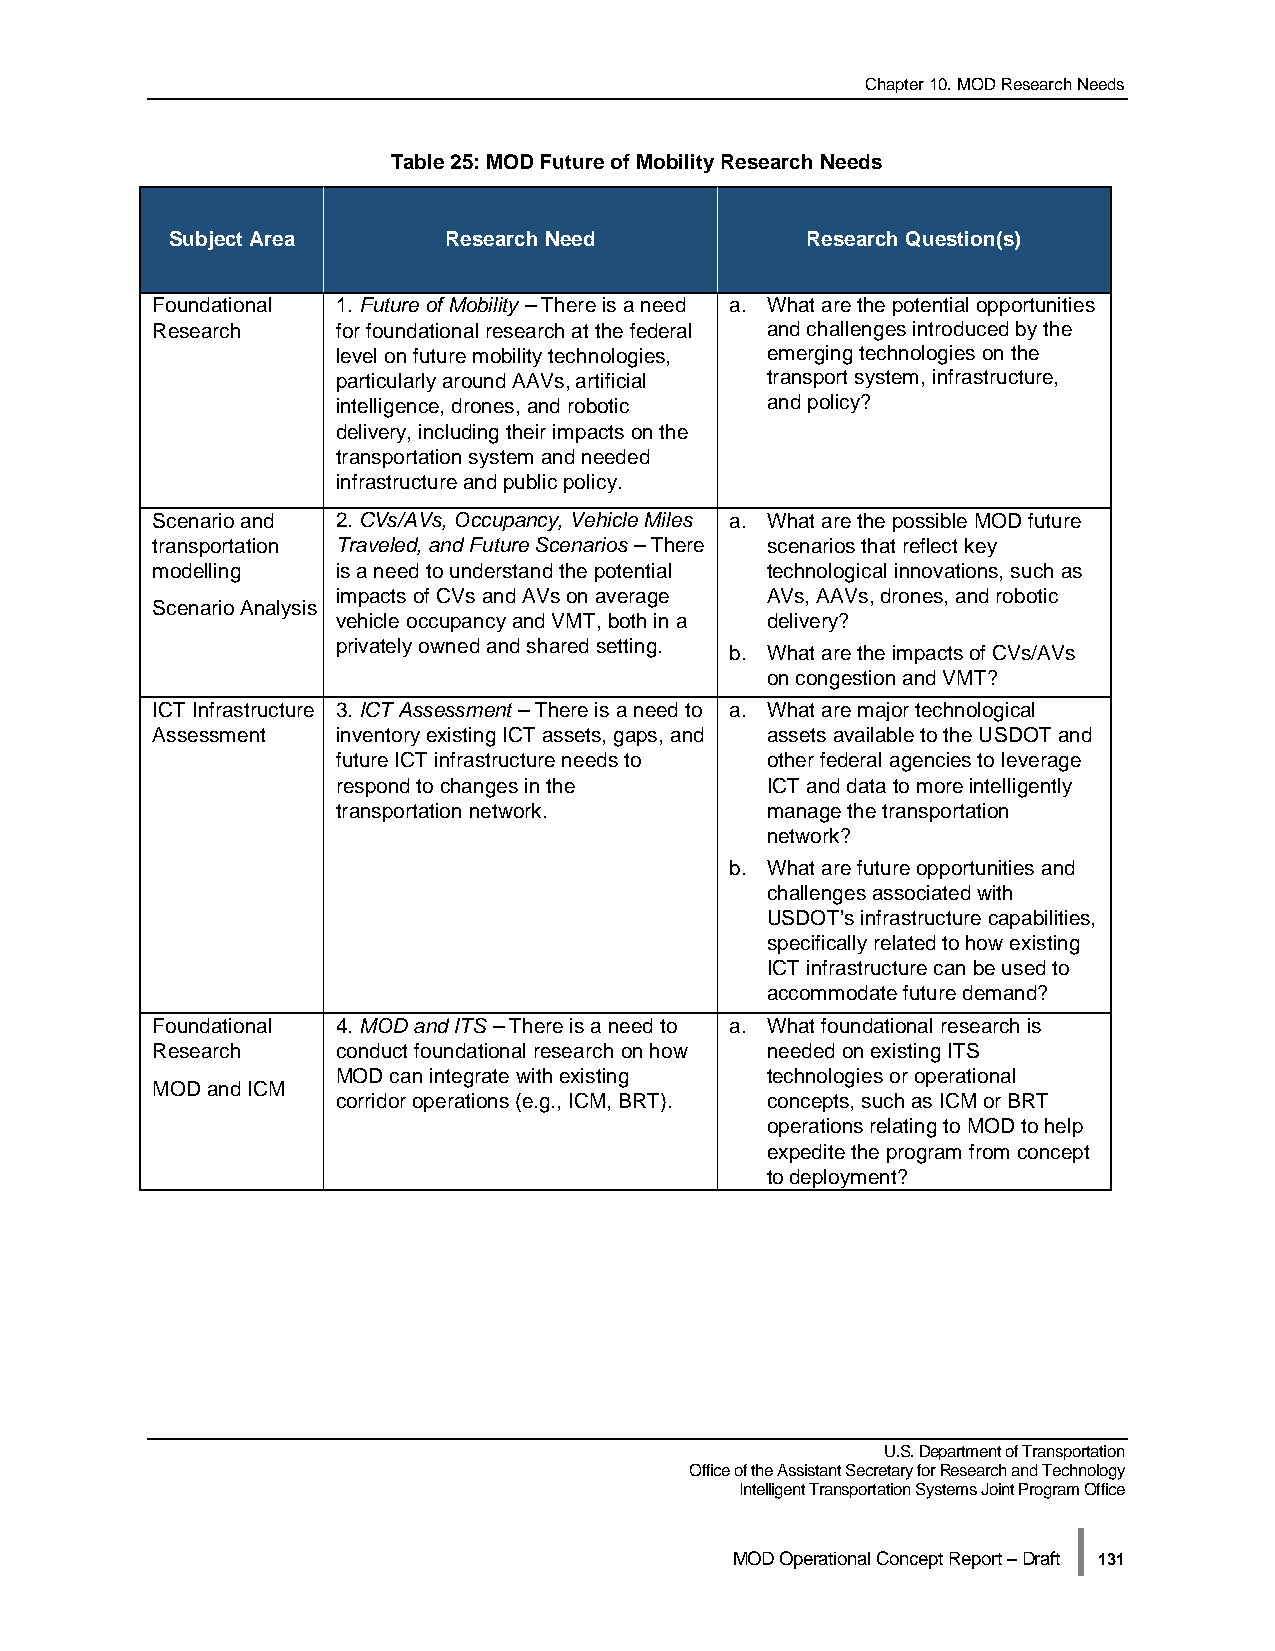
Chapter 10. MOD Research Needs
 Table 25: MOD Future of Mobility Research Needs
 Subject Area      Research Need           Research Question(s)
 Foundational 1. Future of Mobility – There is a need a. What are the potential opportunities
 Research    for foundational research at the federal and challenges introduced by the
 level on future mobility technologies, emerging technologies on the
 particularly around AAVs, artificial transport system, infrastructure,
 intelligence, drones, and robotic and policy?
 delivery, including their impacts on the
 transportation system and needed
 infrastructure and public policy.
 Scenario and 2. CVs/AVs, Occupancy, Vehicle Miles a. What are the possible MOD future
 transportation Traveled, and Future Scenarios – There scenarios that reflect key
 modelling   is a need to understand the potential technological innovations, such as
 impacts of CVs and AVs on average AVs, AAVs, drones, and robotic
 Scenario Analysis
 vehicle occupancy and VMT, both in a delivery?
 privately owned and shared setting. b. What are the impacts of CVs/AVs
 on congestion and VMT?
 ICT Infrastructure 3. ICT Assessment – There is a need to a. What are major technological
 Assessment  inventory existing ICT assets, gaps, and assets available to the USDOT and
 future ICT infrastructure needs to other federal agencies to leverage
 respond to changes in the    ICT and data to more intelligently
 transportation network.      manage the transportation
 network?
 b. What are future opportunities and
 challenges associated with
 USDOT’s infrastructure capabilities,
 specifically related to how existing
 ICT infrastructure can be used to
 accommodate future demand?
 Foundational 4. MOD and ITS – There is a need to a. What foundational research is
 Research    conduct foundational research on how needed on existing ITS
 MOD can integrate with existing technologies or operational
 MOD and ICM
 corridor operations (e.g., ICM, BRT). concepts, such as ICM or BRT
 operations relating to MOD to help
 expedite the program from concept
 to deployment?
 U.S. Department of Transportation
 Office of the Assistant Secretary for Research and Technology
 Intelligent Transportation Systems Joint Program Office
 |
 MOD Operational Concept Report – Draft 131